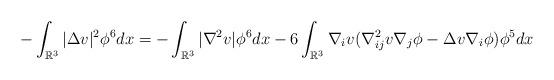
LaTeX: \begin{align*}-\int_{\mathbb{R}^3}|\Delta v|^2\phi^6dx=-\int_{\mathbb R^3}|\nabla^2v|\phi^6dx-6\int_{\mathbb R^3}\nabla_iv(\nabla_{ij}^2v\nabla_j\phi-\Delta v\nabla_i\phi)\phi^5dx\end{align*}